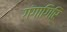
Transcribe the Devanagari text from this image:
गंगागिरि